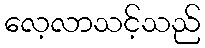
လေ့လာသင့်သည်